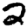
Digit: 2